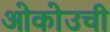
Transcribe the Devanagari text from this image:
ओकोउची